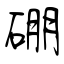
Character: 硼